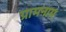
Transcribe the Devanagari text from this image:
ग्रामनाम